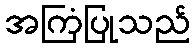
အကြံပြုသည်